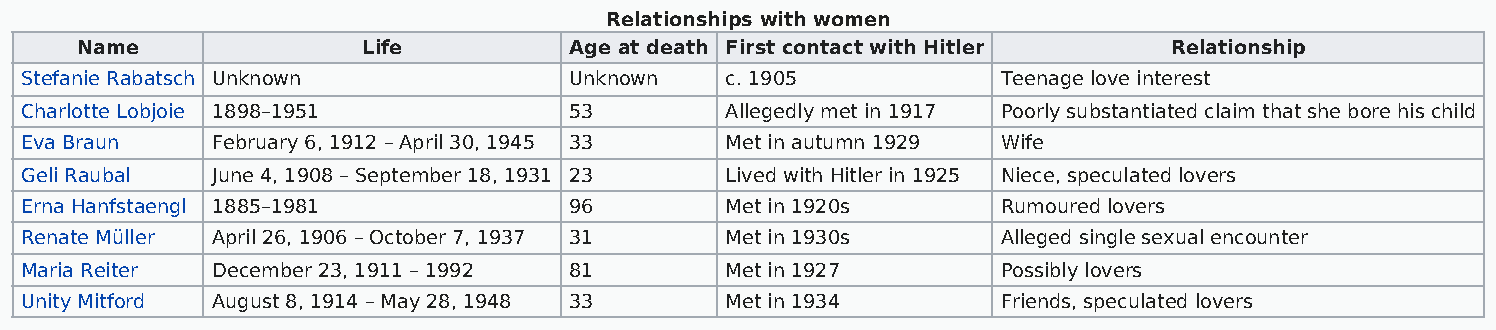
Relationships with women
 Name               Life          Age at death First contact with Hitler  Relationship
 Stefanie Rabatsch Unknown            Unknown   c. 1905           Teenage love interest
 Charlotte Lobjoie 1898–1951          53        Allegedly met in 1917 Poorly substantiated claim that she bore his child
 Eva Braun    February 6, 1912 – April 30, 1945 33 Met in autumn 1929 Wife
 Geli Raubal  June 4, 1908 – September 18, 1931 23 Lived with Hitler in 1925 Niece, speculated lovers
 Erna Hanfstaengl 1885–1981           96        Met in 1920s      Rumoured lovers
 Renate Müller April 26, 1906 – October 7, 1937 31 Met in 1930s   Alleged single sexual encounter
 Maria Reiter December 23, 1911 – 1992 81       Met in 1927       Possibly lovers
 Unity Mitford August 8, 1914 – May 28, 1948 33 Met in 1934       Friends, speculated lovers